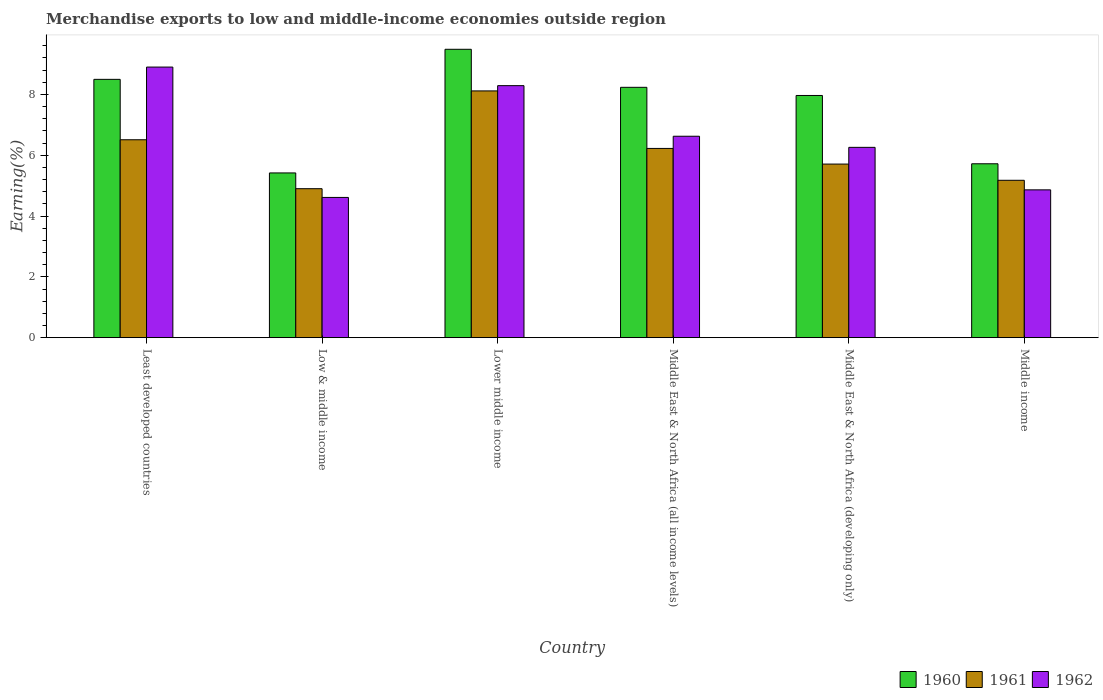
| Country | 1960 | 1961 | 1962 |
 | --- | --- | --- | --- |
 | Least developed countries | 8.49 | 6.51 | 8.9 |
 | Low & middle income | 5.42 | 4.9 | 4.61 |
 | Lower middle income | 9.48 | 8.11 | 8.29 |
 | Middle East & North Africa (all income levels) | 8.23 | 6.22 | 6.62 |
 | Middle East & North Africa (developing only) | 7.96 | 5.71 | 6.26 |
 | Middle income | 5.72 | 5.17 | 4.86 |